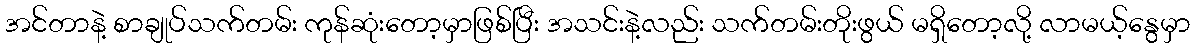
အင်တာနဲ့ စာချုပ်သက်တမ်း ကုန်ဆုံးတော့မှာဖြစ်ပြီး အသင်းနဲ့လည်း သက်တမ်းတိုးဖွယ် မရှိတော့လို့ လာမယ့်နွေမှာ